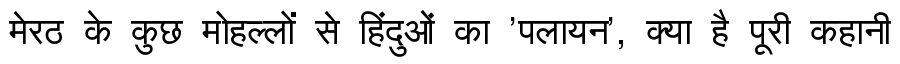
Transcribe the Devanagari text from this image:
मेरठ के कुछ मोहल्लों से हिंदुओं का 'पलायन', क्या है पूरी कहानी